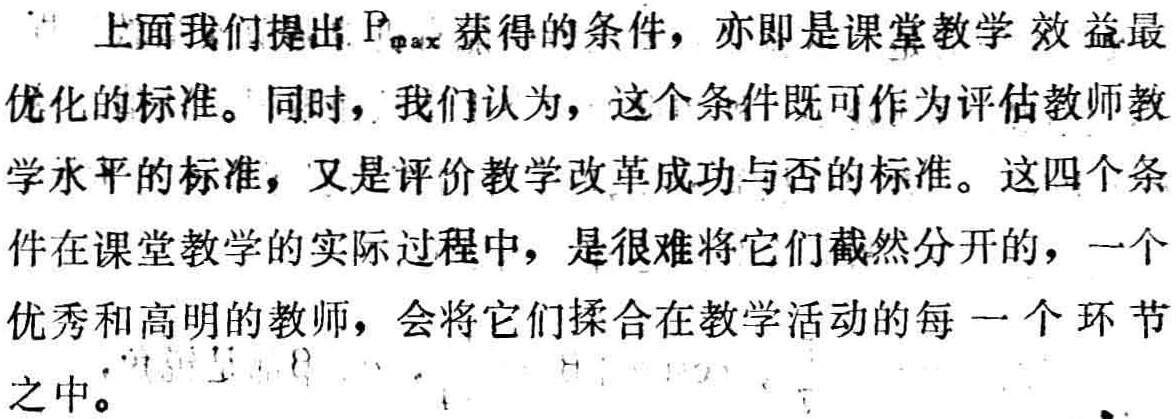
上面我们提出 \(P_{\max}\) 获得的条件，亦即是课堂教学效益最优化的标准。同时，我们认为，这个条件既可作为评估教师教学水平的标准，又是评价教学改革成功与否的标准。这四个条件在课堂教学的实际过程中，是很难将它们截然分开的，一个优秀和高明的教师，会将它们揉合在教学活动的每一个环节之中。